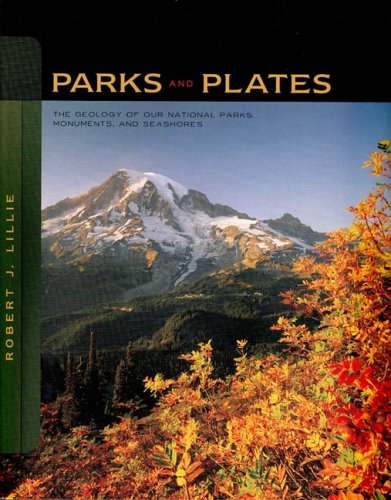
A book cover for Parks and Plates: The Geology of Our National Parks, Monuments, and Seashores; Robert J. Lillie; Travel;